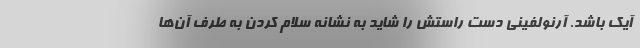
آیک باشد. آرنولفینی دست راستش را شاید به نشانه سلام کردن به طرف آن‌ها